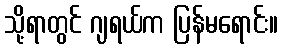
သို့ရာတွင် ဂျရယ်က ပြန်မရောင်း။